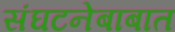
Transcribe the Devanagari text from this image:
संघटनेबाबात